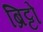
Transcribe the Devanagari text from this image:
ब्रिट्टो